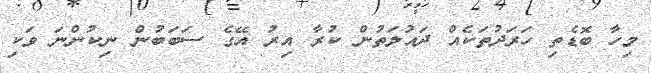
މިހާ ބޮޑެތި ހަރަދުތަކެއް ދައުލަތުން ކުރާ އިރު އޭގެ ސަބަބުން ނިކުންނަ ވަކި